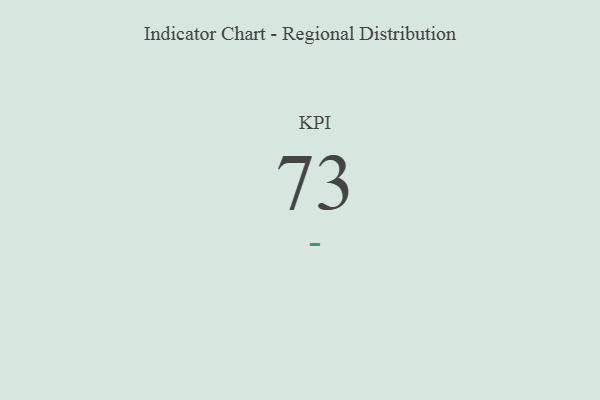
{"axis": {"x": "KPI", "y": "Value"}, "legend": [""], "data": [{"x": "KPI", "y": 73, "type": ""}]}